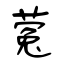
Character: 蒬